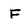
Character: F